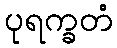
ပုရက္ခတံ